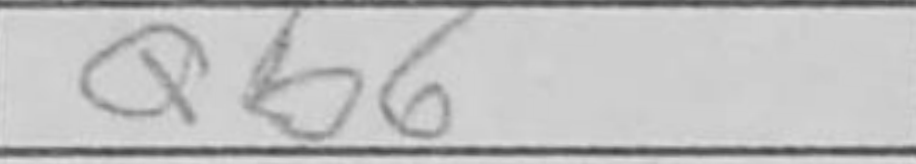
Transcription: Qb6